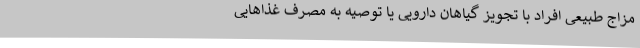
مزاج طبیعی افراد با تجویز گیاهان دارویی یا توصیه به مصرف غذا‌هایی